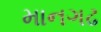
માનગઢ